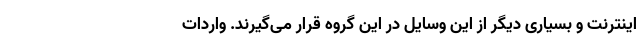
اینترنت و بسیاری دیگر از این وسایل در این گروه قرار می‌گیرند. واردات